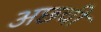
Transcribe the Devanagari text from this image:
अछ्ची